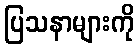
ပြသနာများကို